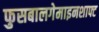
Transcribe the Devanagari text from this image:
फुसबालगेमाइनशाफ्ट